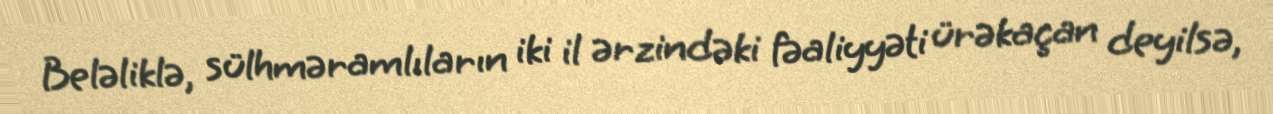
Beləliklə, sülhməramlıların iki il ərzindəki fəaliyyəti ürəkaçan deyilsə,